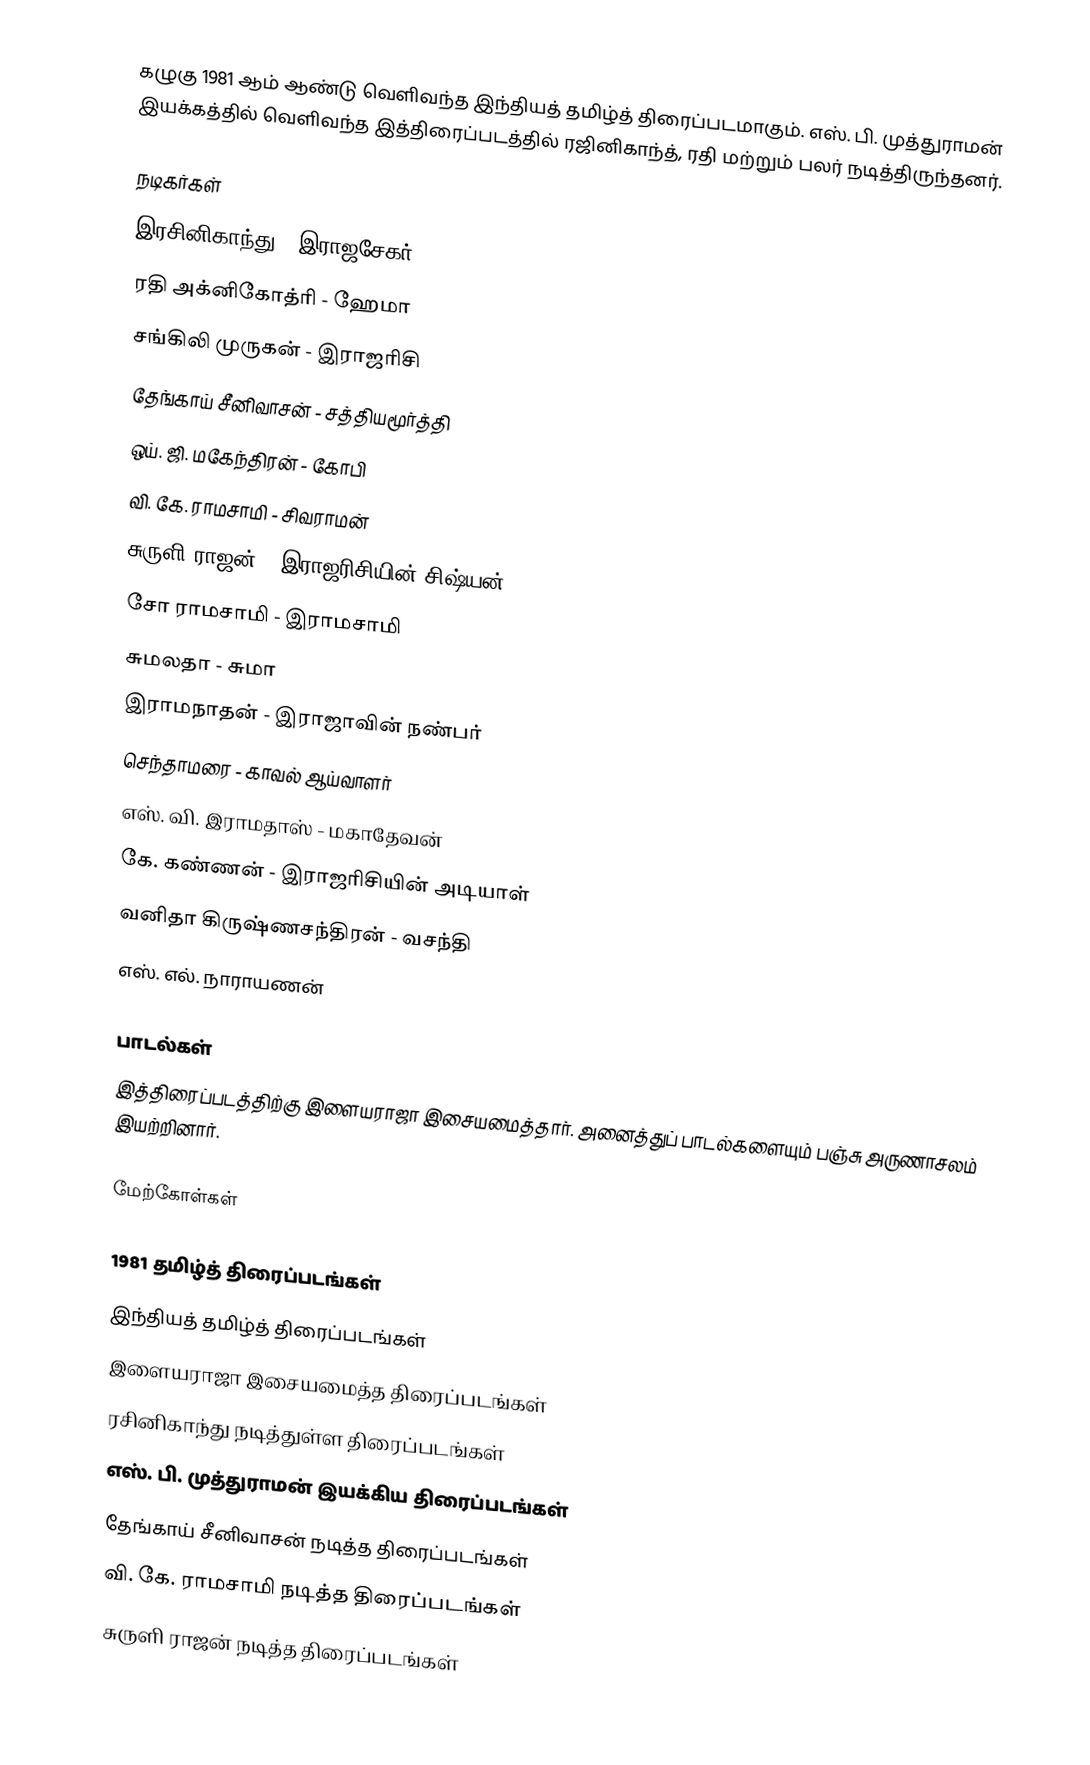
கழுகு 1981 ஆம் ஆண்டு வெளிவந்த இந்தியத் தமிழ்த் திரைப்படமாகும். எஸ். பி. முத்துராமன் இயக்கத்தில் வெளிவந்த இத்திரைப்படத்தில் ரஜினிகாந்த், ரதி மற்றும் பலர் நடித்திருந்தனர்.

நடிகர்கள்
இரசினிகாந்து - இராஜசேகர்
ரதி அக்னிகோத்ரி - ஹேமா
சங்கிலி முருகன் - இராஜரிசி
தேங்காய் சீனிவாசன் - சத்தியமூர்த்தி
ஒய். ஜி. மகேந்திரன் - கோபி
வி. கே. ராமசாமி - சிவராமன்
சுருளி ராஜன் - இராஜரிசியின் சிஷ்யன்
சோ ராமசாமி - இராமசாமி
சுமலதா - சுமா
இராமநாதன் - இராஜாவின் நண்பர்
செந்தாமரை - காவல் ஆய்வாளர்
எஸ். வி. இராமதாஸ் - மகாதேவன்
கே. கண்ணன் - இராஜரிசியின் அடியாள்
வனிதா கிருஷ்ணசந்திரன் - வசந்தி
 எஸ். எல். நாராயணன்

பாடல்கள்
இத்திரைப்படத்திற்கு இளையராஜா இசையமைத்தார். அனைத்துப் பாடல்களையும் பஞ்சு அருணாசலம் இயற்றினார்.

மேற்கோள்கள்

1981 தமிழ்த் திரைப்படங்கள்
இந்தியத் தமிழ்த் திரைப்படங்கள்
இளையராஜா இசையமைத்த திரைப்படங்கள்
ரசினிகாந்து நடித்துள்ள திரைப்படங்கள்
எஸ். பி. முத்துராமன் இயக்கிய திரைப்படங்கள்
தேங்காய் சீனிவாசன் நடித்த திரைப்படங்கள்
வி. கே. ராமசாமி நடித்த திரைப்படங்கள்
சுருளி ராஜன் நடித்த திரைப்படங்கள்